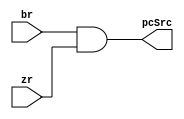
module BranchAnd(zr,br,pcSrc);
input zr;
input br;
output reg pcSrc;
always @(zr,br)
begin 

pcSrc=br&zr;

end

endmodule